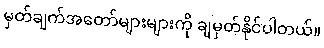
မှတ်ချက်အတော်များများကို ချမှတ်နိုင်ပါတယ်။